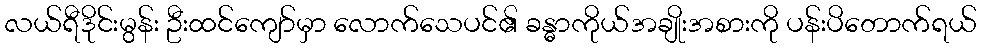
လယ်ရီဒိုင်းမွန်း ဦးထင်ကျော်မှာ လောက်သေပင်၏ ခန္ဓာကိုယ်အချိုးအစားကို ပန်းပိတောက်ရယ်